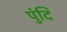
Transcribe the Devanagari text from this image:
पुंदि